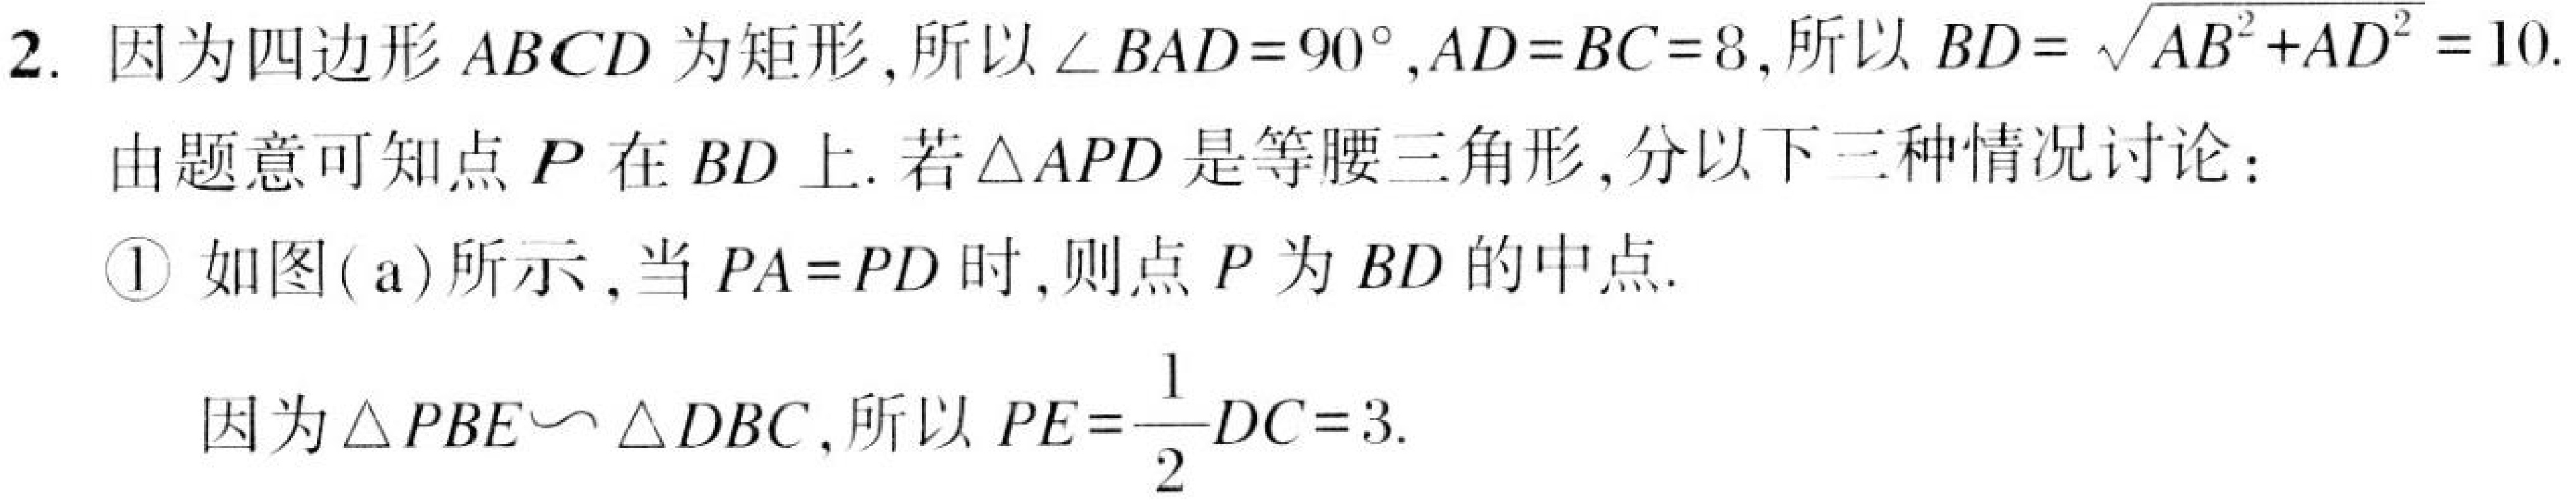
2. 因为四边形\(ABCD\)为矩形, 所以\(\angle BAD = 90^{\circ},AD = BC = 8\), 所以\(BD=\sqrt{AB^{2}+AD^{2}} = 10\).
由题意可知点\(P\)在\(BD\)上. 若\(\triangle APD\)是等腰三角形, 分以下三种情况讨论：
\textcircled{1} 如图( a)所示, 当\(PA = PD\)时, 则点\(P\)为\(BD\)的中点.
因为\(\triangle PBE\backsim\triangle DBC\), 所以\(PE=\dfrac{1}{2}DC = 3\).